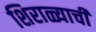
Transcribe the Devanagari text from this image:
शिराळ्याची